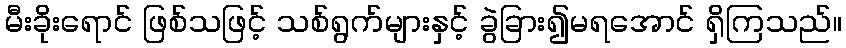
မီးခိုးရောင် ဖြစ်သဖြင့် သစ်ရွက်များနှင့် ခွဲခြား၍မရအောင် ရှိကြသည်။